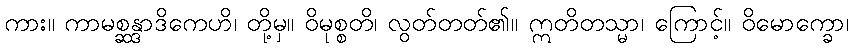
ကား။ ကာမစ္ဆန္ဒာဒိကေဟိ၊ တို့မှ။ ဝိမုစ္စတိ၊ လွတ်တတ်၏။ ဣတိတသ္မာ၊ ကြောင့်။ ဝိမောက္ခော၊